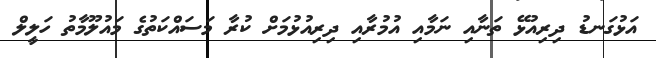
އަޅުގަނޑު ދިރިއުޅޭ ތަނާއި ނަމާއި އުމުރާއި ދިރިއުޅުމަށް ކުރާ މަސައްކަތުގެ މަައުލޫމާތު ހަލީލް